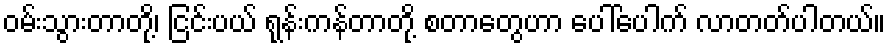
ဝမ်းသွားတာတို့၊ ငြင်းပယ် ရုန်းကန်တာတို့ စတာတွေဟာ ပေါ်ပေါက် လာတတ်ပါတယ်။